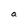
Character: a